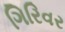
ગિરિવર